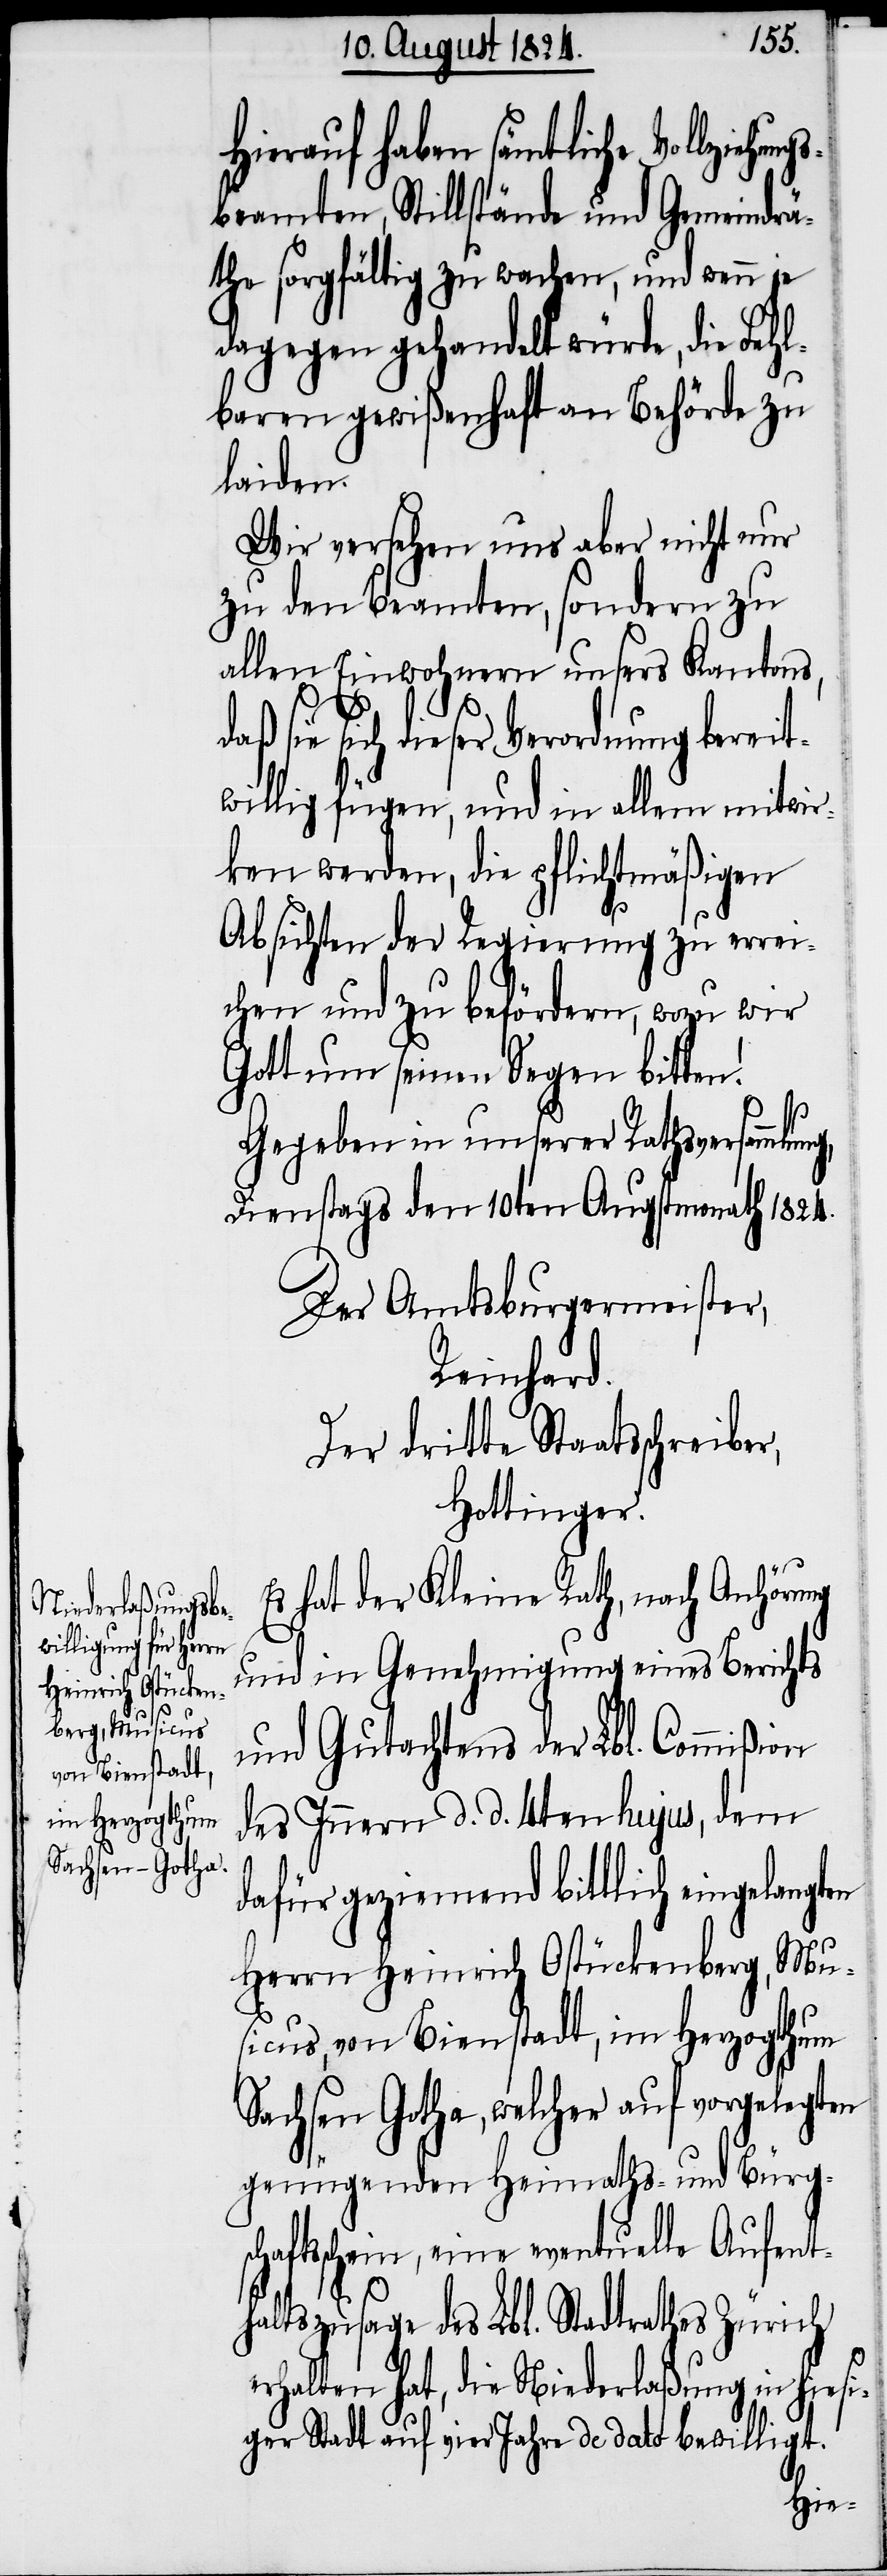
Hierauf haben sämtliche Vollziehun¬
gsbeamten, Stillstände und Gemeindrä¬
the sorgfältig zu wachen, und wenn je
dagegen gehandelt würde, die Fehl¬
baren gewißenhaft an Behörde zu
laiden.
Wir versehen uns aber nicht nur
zu den Beamten, sondern zu
allen Einwohnern unsers Kantons,
r,
daß sie sich dieser Verordnung bereit¬
willig fügen, und in allem mitwir¬
ken werden, die pflichtmäßigen
Absichten der Regierung zu errei¬
chen und zu befördern, wozu wir
Gott um seinen Segen bitten!
Gegeben in unserer Rathsversammlung,
Dienstags den 10ten Augstmonath 1824.
Der Amtsburgermeister,
Reinhard.
Der dritte Staatsschreibe¬
Hottinger.
Es hat der Kleine Rath, nach Anhörung
und in Genehmigung eines Berichts
und Gutachtens der Lbl. Commißion
des Innern d d. 4ten hujus, dem
dafür geziemend bittlich eingelangten
Herrn Heinrich Ostückenberg, Mu¬
sicus, von Bienstadt, im Herzogthum
Sachsen Gotha, welcher auf vorgelegten
genügenden Heimaths- und Bürgsc¬
haftsschein, eine eventuelle Aufent¬
haltszusage des Lbl. Stadtrathes Zürich
erhalten hat, die Niederlaßung in hiesi¬
ger Stadt auf vier Jahre de dato bewilligt.